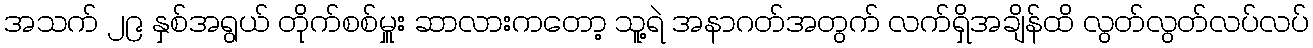
အသက် ၂၉ နှစ်အရွယ် တိုက်စစ်မှူး ဆာလားကတော့ သူ့ရဲ အနာဂတ်အတွက် လက်ရှိအချိန်ထိ လွတ်လွတ်လပ်လပ်